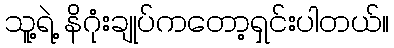
သူ့ရဲ့ နိဂုံးချုပ်ကတော့ရှင်းပါတယ်။